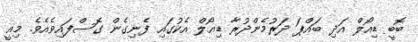
ބޮބީ ޑިއޯލް އަދި ބައްޕަ ދަރުމެންދުރާ ޑިއޯލް އެކުގައި ފެނިގެން ގޮސްފައިވެއެވެ. މިއީ